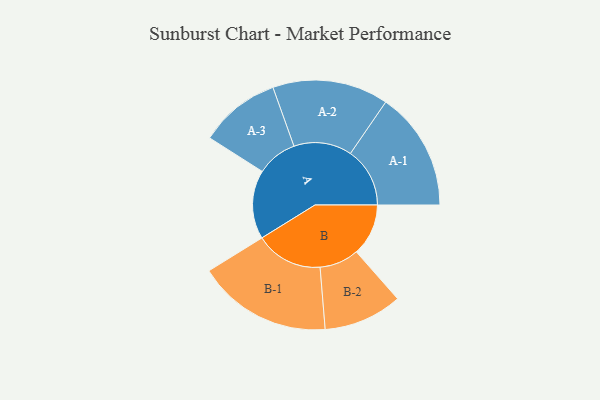
{"axis": {"x": "Segment", "y": "Value"}, "legend": ["", "A", "B"], "data": [{"x": "A", "y": 287, "type": ""}, {"x": "B", "y": 217, "type": ""}, {"x": "A-1", "y": 248, "type": "A"}, {"x": "A-2", "y": 242, "type": "A"}, {"x": "A-3", "y": 169, "type": "A"}, {"x": "B-1", "y": 281, "type": "B"}, {"x": "B-2", "y": 164, "type": "B"}]}